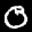
Label: 0